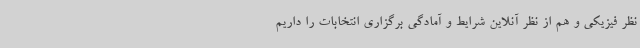
نظر فیزیکی و هم از نظر آنلاین شرایط و آمادگی برگزاری انتخابات را داریم